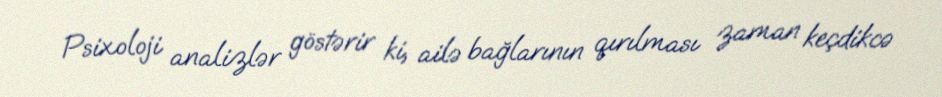
Psixoloji analizlər göstərir ki, ailə bağlarının qırılması zaman keçdikcə